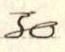
30